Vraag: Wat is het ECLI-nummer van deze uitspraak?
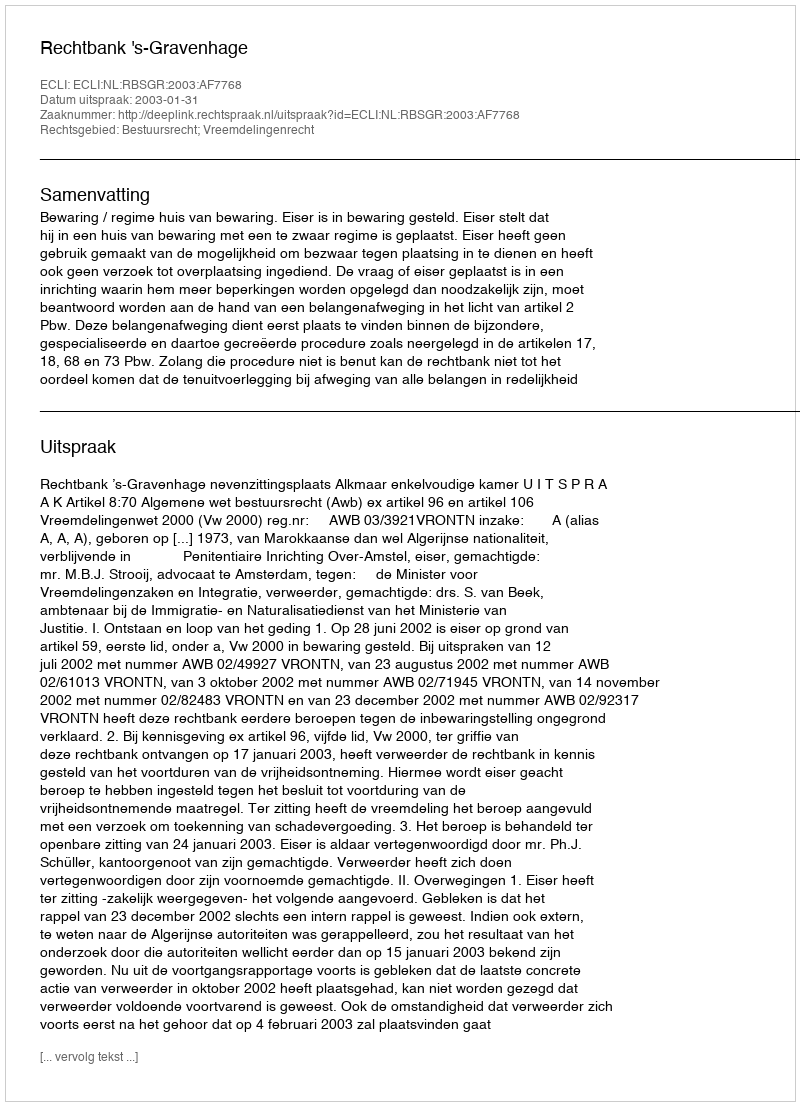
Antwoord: ECLI:NL:RBSGR:2003:AF7768